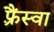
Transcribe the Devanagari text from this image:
फ़्रैंस्वा